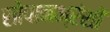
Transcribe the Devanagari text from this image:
सोपानभ्रंशों